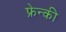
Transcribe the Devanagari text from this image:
फ्रेन्की